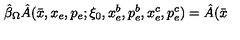
\hat { \beta } _ { \Omega } \hat { A } ( \bar { x } , x _ { e } , p _ { e } ; \xi _ { 0 } , x _ { e } ^ { b } , p _ { e } ^ { b } , x _ { e } ^ { c } , p _ { e } ^ { c } ) = \hat { A } ( \bar { x }